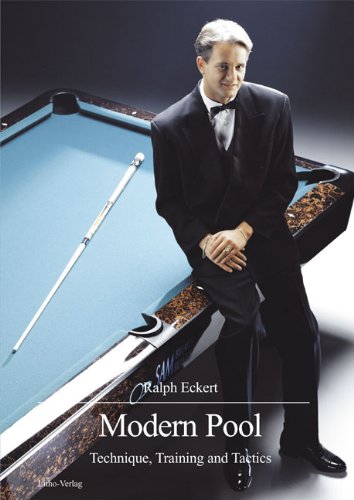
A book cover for Modern Pool: Technique, Training and Tactics; Ralph Eckert; Sports & Outdoors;